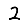
Digit: 2